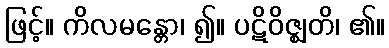
ဖြင့်။ ကိလမန္တော၊ ၍။ ပဋိဝိဇ္ဈတိ၊ ၏။